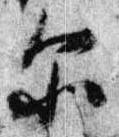
示